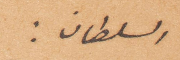
السلطان: